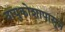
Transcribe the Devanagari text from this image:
वायुकोशापासून